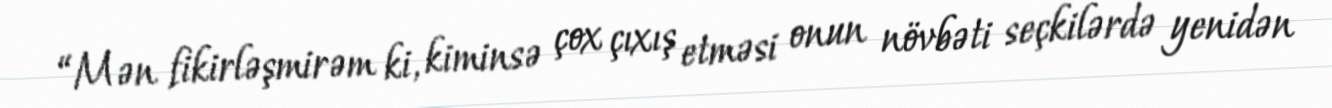
“Mən fikirləşmirəm ki, kiminsə çox çıxış etməsi onun növbəti seçkilərdə yenidən